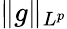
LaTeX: \| g\| _{L^{p}}